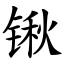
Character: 锹